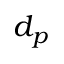
d _ { p }